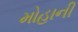
મોહાની